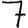
Digit: 7